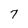
Character: 7